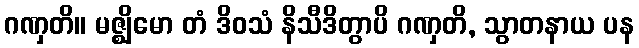
ဂဏှတိ။ မဇ္ဈိမော တံ ဒိဝသံ နိသီဒိတွာပိ ဂဏှတိ, သွာတနာယ ပန